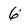
Character: 6